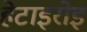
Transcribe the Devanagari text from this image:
हेटाइरोइ